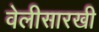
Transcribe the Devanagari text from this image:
वेलीसारखी